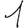
Digit: 1